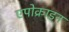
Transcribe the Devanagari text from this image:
एपोक्राइन